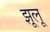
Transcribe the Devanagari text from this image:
झूलू